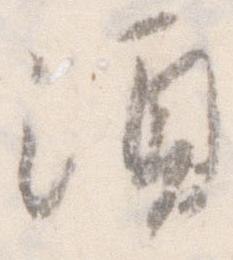
須